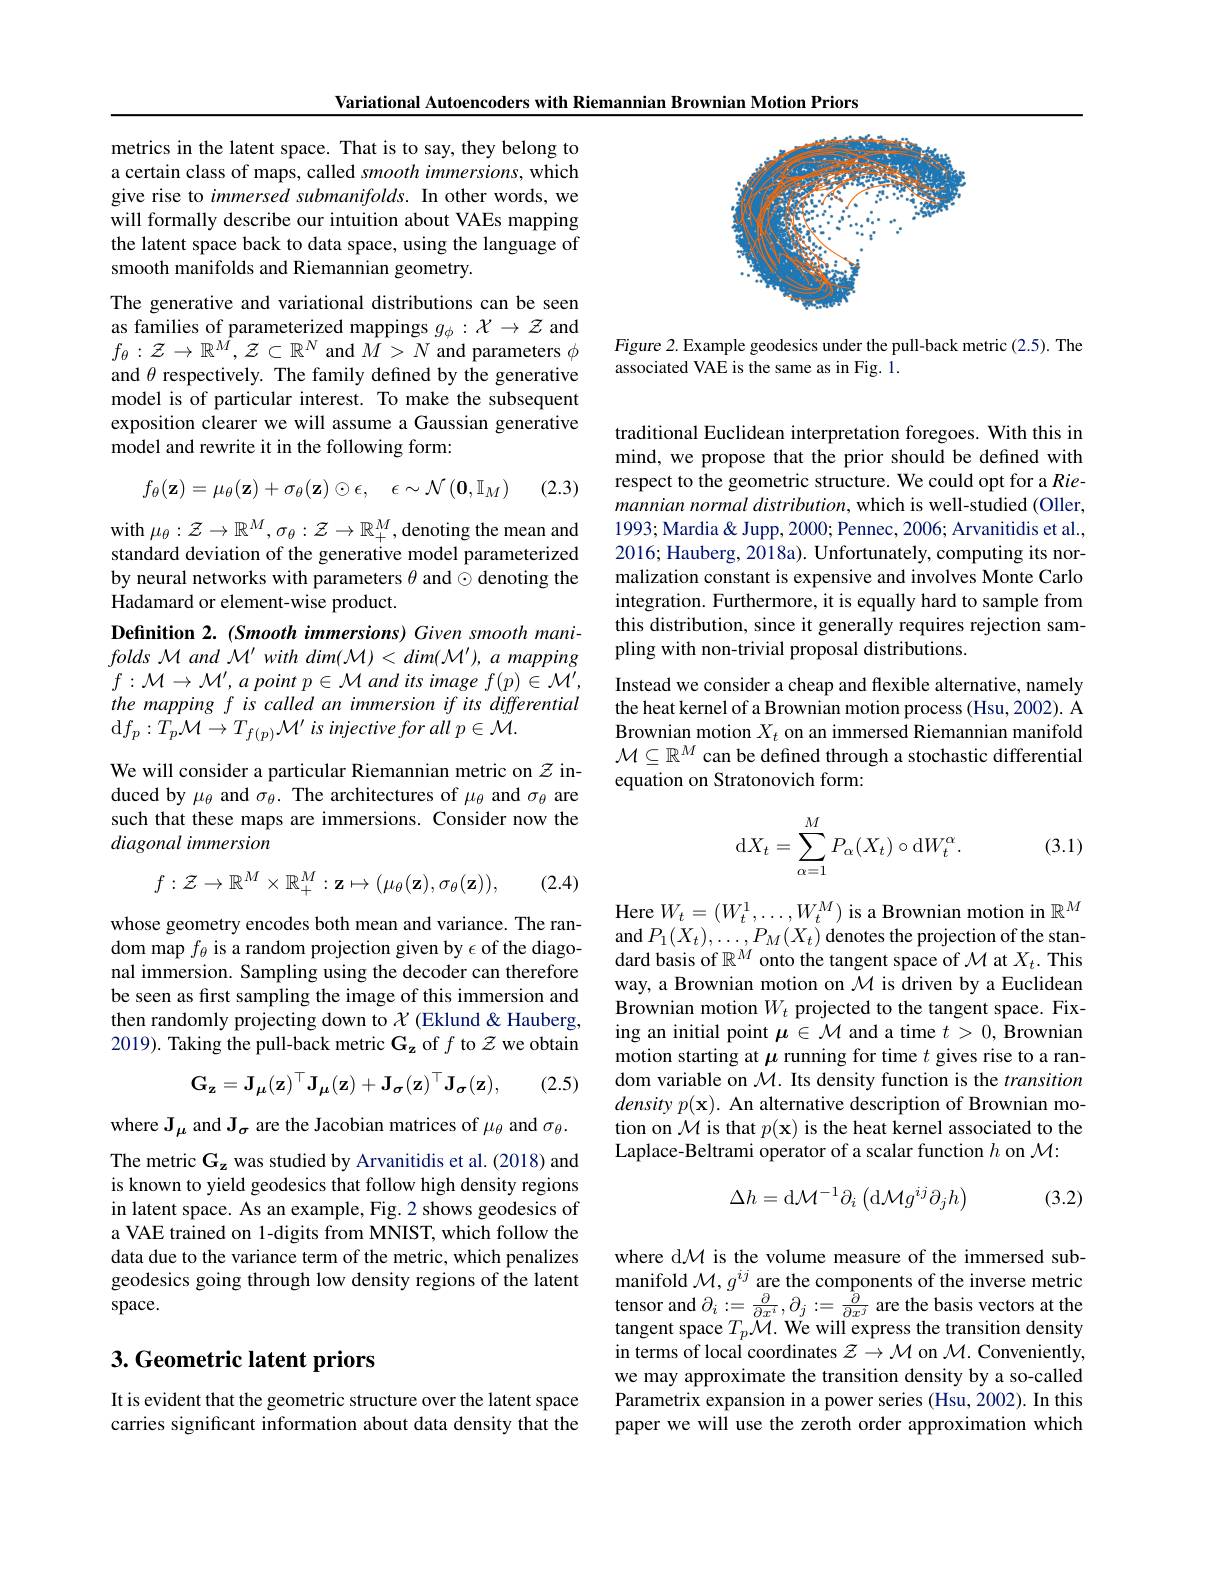
Variational Autoencoders with Riemannian Brownian Motion Priors

metrics in the latent space. That is to say, they belong to a certain class of maps, called smooth immersions, which give rise to immersed submanifolds. In other words, we will formally describe our intuition about VAEs mapping the latent space back to data space, using the language of smooth manifolds and Riemannian geometry.
The generative and variational distributions can be seen as families of parameterized mappings $g_\phi:\mathcal{X}\to\mathcal{Z}$ and $f_\theta:\mathcal{Z}\to\mathbb{R}^{\hat{M}},\mathcal{Z}\subset\mathbb{R}^N$ and $\tilde{M}>N$ and parameters $\phi$ and $\theta$ respectively. The family defined by the generative model is of particular interest. To make the subsequent exposition clearer we will assume a Gaussian generative model and rewrite it in the following form:

(2.3)
$$f_\theta(\mathbf{z})=\mu_\theta(\mathbf{z})+\sigma_\theta(\mathbf{z})\odot\epsilon,\quad\epsilon\sim\mathcal{N}(\mathbf{0},\mathbb{I}_M)$$
with $\mu_\theta:\mathcal{Z}\to\mathbb{R}^M,\sigma_\theta:\mathcal{Z}\to\mathbb{R}_+^M$,denoting the mean and standard deviation of the generative model parameterized by neural networks with parameters $\theta$ and $\odot$ denoting the Hadamard or element-wise product.
Definition 2. (Smooth immersions) Given smooth mani- $folds~\mathcal{M}~and~\mathcal{M}^{\prime}~with~dim(\mathcal{M})<dim(\mathcal{M}^{\prime}),~a~mapping$ $f: \mathcal{M} \to \mathcal{M} ^{\prime }, a\textit{ point p}\in \mathcal{M}$ and its image $f(p)\in\mathcal{M}^\prime$, the mapping f is called an immersion if its differential d$f_p: T_p\mathcal{M} \to T_{f( p) }\mathcal{M} ^{\prime }\textit{is injective for all p}\in \mathcal{M} .$

We will consider a particular Riemannian metric on $z$ induced by $\mu_\theta$ and $\sigma_\theta.$ The architectures of $\mu_\theta$ and $\sigma_\theta$ are such that these maps are immersions. Consider now the diagonal immersion
$$f:\mathcal{Z}\to\mathbb{R}^M\times\mathbb{R}_+^M:\mathbf{z}\mapsto(\mu_\theta(\mathbf{z}),\sigma_\theta(\mathbf{z})),$$
(2.4)

whose geometry encodes both mean and variance. The random map $f_\theta$ is a random projection given by $\epsilon$ of the diagonal immersion. Sampling using the decoder can therefore be seen as first sampling the image of this immersion and then randomly projecting down to $\mathcal{X}$ (Eklund &Hauberg, 2019). Taking the pull-back metric $\mathbf{G_z}$ of $f$ to $\mathcal{Z}$ we obtain
$$\mathbf{G_z}=\mathbf{J_\mu(z)}^\top\mathbf{J_\mu(z)}+\mathbf{J_\sigma(z)}^\top\mathbf{J_\sigma(z)},$$
(2.5)

where $\mathbf{J}_{\mu}$ and J$_\sigma$ are the Jacobian matrices of $\mu_\theta$ and $\sigma_\theta.$ The metric $\mathbf{G_z}$ was studied by Arvanitidis et al. (2018) and is known to yield geodesics that follow high density regions in latent space. As an example, Fig. 2 shows geodesics of a VAE trained on 1-digits from MNIST, which follow the data due to the variance term of the metric, which penalizes geodesics going through low density regions of the latent space.

## 3. Geometric latent priors

It is evident that the geometric structure over the latent space carries significant information about data density that the

<FigureHere>

Figure 2. Example geodesics under the pull-back metric (2.5). The
associated VAE is the same as in Fig. 1.

traditional Euclidean interpretation foregoes. With this in mind, we propose that the prior should be defined with respect to the geometric structure. We could opt for a Riemannian normal distribution, which is well-studied (Oller, 1993; Mardia& Jupp, 2000; Pennec, 2006; Arvanitidis et al., 2016; Hauberg, 2018a). Unfortunately, computing its normalization constant is expensive and involves Monte Carlo integration. Furthermore, it is equally hard to sample from this distribution, since it generally requires rejection sampling with non-trivial proposal distributions.
Instead we consider a cheap and flexible alternative, namely the heat kernel of a Brownian motion process (Hsu, 2002). A Brownian motion $X_t$ on an immersed Riemannian manifold $\mathcal{M}\subseteq\mathbb{R}^M$ can be defined through a stochastic differential equation on Stratonovich form:

(3.1)
$$\mathrm dX_t=\sum_{\alpha=1}^MP_\alpha(X_t)\circ\mathrm dW_t^\alpha.$$
Here $W_t=(W_t^1,\ldots,W_t^M)$ is a Brownian motion in $\mathbb{R}^M$ and $P_{1}(X_{t}),\ldots,P_{M}(X_{t})$ denotes the projection of the standard basis of $\mathbb{R}^M$ onto the tangent space of $\mathcal{M}$ at $X_t.$ This way, a Brownian motion on $\mathcal{M}$ is driven by a Euclidean Brownian motion $W_t$ projected to the tangent space. Fixing an initial point $\boldsymbol\mu\in\mathcal{M}$ and a time $t>0$, Brownian motion starting at $\mu$ running for time $t$ gives rise to a random variable on $\mathcal{M}.$ Its density function is the transition density $p(\mathbf{x}).$ An alternative description of Brownian motion on $\mathcal{M}$ is that $p(\mathbf{x})$ is the heat kernel associated to the Laplace-Beltrami operator of a scalar function $h$ on $\mathcal{M}:$
$$\Delta h=\mathrm d\mathcal M^{-1}\partial_i\left(\mathrm d\mathcal Mg^{ij}\partial_jh\right)$$
(3.2)

where d$\mathcal{M}$ is the volume measure of the immersed submanifold $\mathcal{M},g^{ij}$ are the components of the inverse metric tensor and $\partial_i:=\frac{\partial}{\partial x^i},\partial_j:=\frac{\partial}{\partial x^j}$ are the basis vectors at the tangent space $T_p\mathcal{M}.$ We will express the transition density in terms of local coordinates $\mathcal{Z}\to\mathcal{M}$ on $\mathcal{M}.$ Conveniently, we may approximate the transition density by a so-called Parametrix expansion in a power series (Hsu, 2002). In this paper we will use the zeroth order approximation which